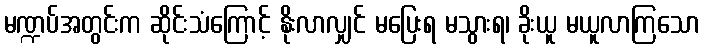
မဏ္ဍပ်အတွင်းက ဆိုင်းသံကြောင့် နိုးလာလျှင် မပြေးရ မသွားရ၊ ခိုးယူ မယူလာကြသော